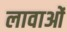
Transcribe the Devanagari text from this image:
लावाओं